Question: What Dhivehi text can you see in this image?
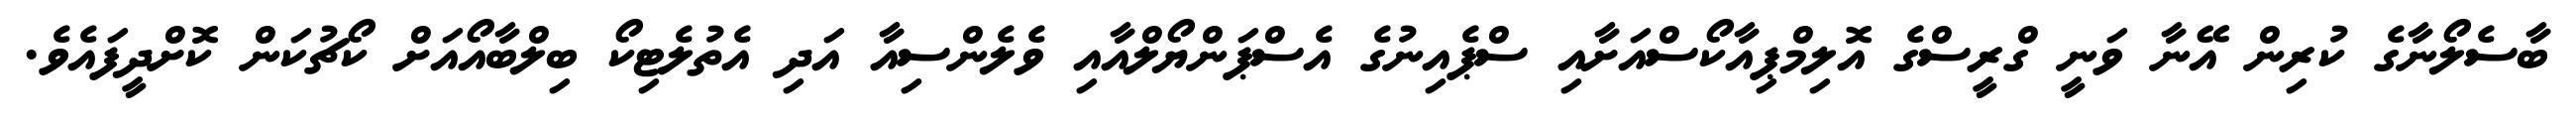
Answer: ބާސެލޯނާގެ ކުރިން އޭނާ ވަނީ ގްރީސްގެ އޮލިމްޕިއާކޯސްއަށާއި ސްޕެއިނުގެ އެސްޕަންޔޯލްއާއި ވެލެންސިއާ އަދި އެތުލެޓިކޯ ބިލްބާއޯއަށް ކޯޗުކަން ކޮށްދީފައެވެ.